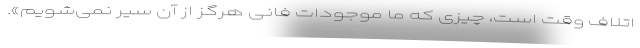
اتلاف وقت است، چیزی که ما موجودات فانی هرگز از آن سیر نمی‌شویم».